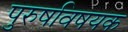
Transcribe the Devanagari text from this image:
पुरुषविषयक